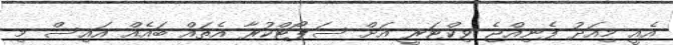
އެއީ މިއަދު ފެނިއްޖެ ވިކްޓަރީ އަށް ސަޕޯޓްކުރާ އެތައް ބައެއް އައިސް މި